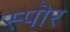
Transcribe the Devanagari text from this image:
स्पॊर